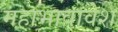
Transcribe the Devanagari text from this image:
महाभावावेश